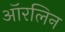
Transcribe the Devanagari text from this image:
ऑरलिन